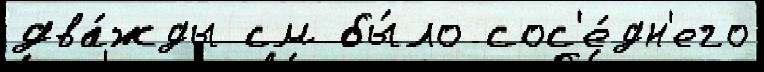
два́жды см бы́ло сос'е́дн'его